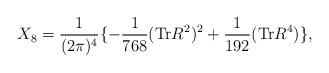
LaTeX: \begin{align*}X_{8} = \frac{1}{ (2\pi)^4} \lbrace - \frac{1}{768} ({\rm{Tr}} R^2)^2 + \frac{1}{192} ({\rm Tr} R^4) \rbrace, \end{align*}